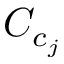
C _ { c _ { j } }